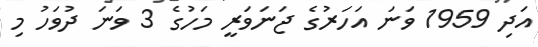
އަދި 1959 ވަނަ އަހަރުގެ ޖަނަވަރީ މަހުގެ 3 ވަނަ ދުވަހު މި